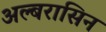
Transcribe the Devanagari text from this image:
अल्बरासिन